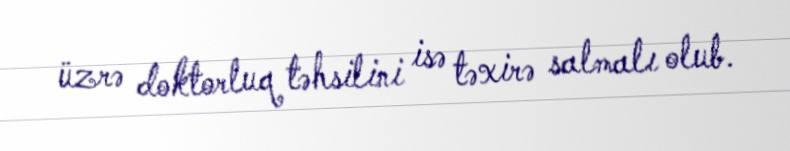
üzrə doktorluq təhsilini isə təxirə salmalı olub.